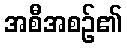
အစီအစဉ်၏